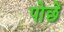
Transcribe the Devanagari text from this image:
पोछें